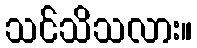
သင်သိသလား။